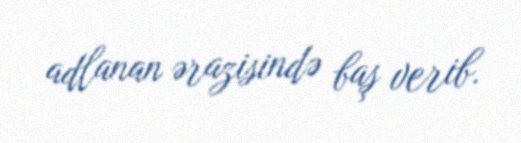
adlanan ərazisində baş verib.